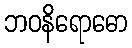
ဘဝနိရောဓော